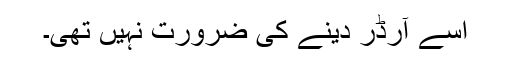
اسے آرڈر دینے کی ضرورت نہیں تھی۔